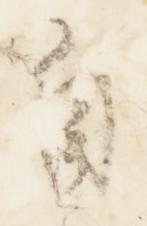
自